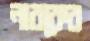
নারকের